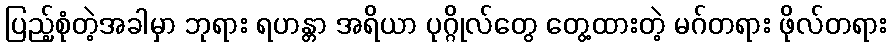
ပြည့်စုံတဲ့အခါမှာ ဘုရား ရဟန္တာ အရိယာ ပုဂ္ဂိုလ်တွေ တွေ့ထားတဲ့ မဂ်တရား ဖိုလ်တရား